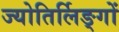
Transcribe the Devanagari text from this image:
ज्योतिर्लिङ्गों